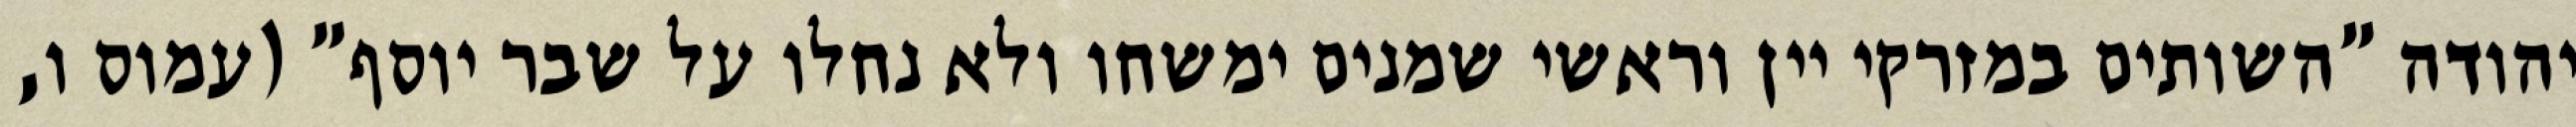
יהודה "השותים במזרקי יין וראשי‏ שמנים ימשחו ולא נחלו על שבר יוסף" (עמוס ו,